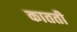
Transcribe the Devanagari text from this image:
कातती